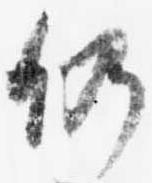
仍